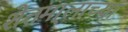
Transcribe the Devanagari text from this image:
शेतमा्लाच्या